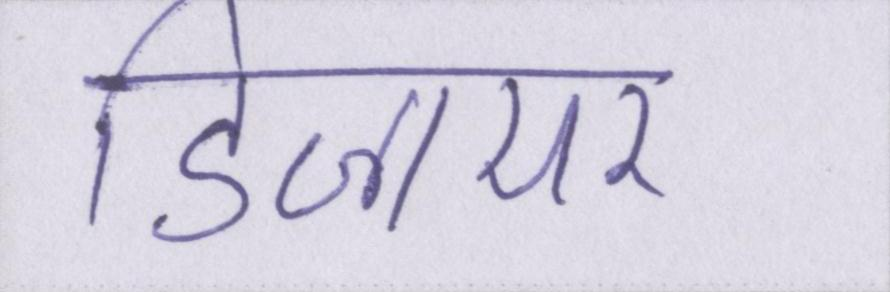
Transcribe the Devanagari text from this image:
डिजायर